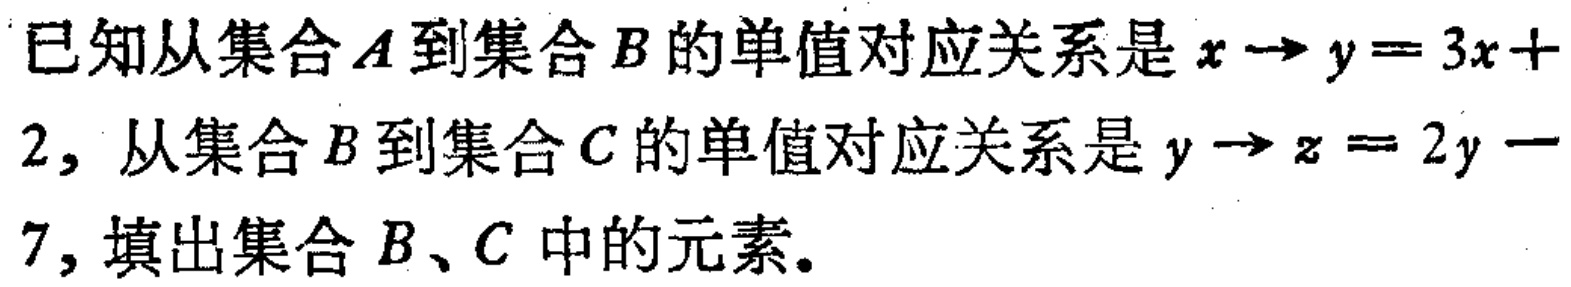
已知从集合$A$到集合$B$的单值对应关系是$x\rightarrow y = 3x + 2$，从集合$B$到集合$C$的单值对应关系是$y\rightarrow z = 2y - 7$，填出集合$B$、$C$中的元素。